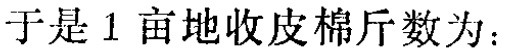
于是1亩地收皮棉斤数为：